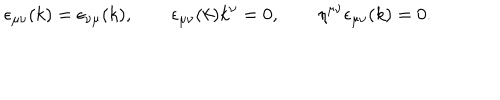
\epsilon _ { \mu \nu } ( k ) = \epsilon _ { \nu \mu } ( k ) , \qquad \epsilon _ { \mu \nu } ( k ) k ^ { \nu } = 0 , \qquad \eta ^ { \mu \nu } \epsilon _ { \mu \nu } ( k ) = 0 .